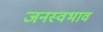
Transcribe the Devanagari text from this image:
जनस्वभाव